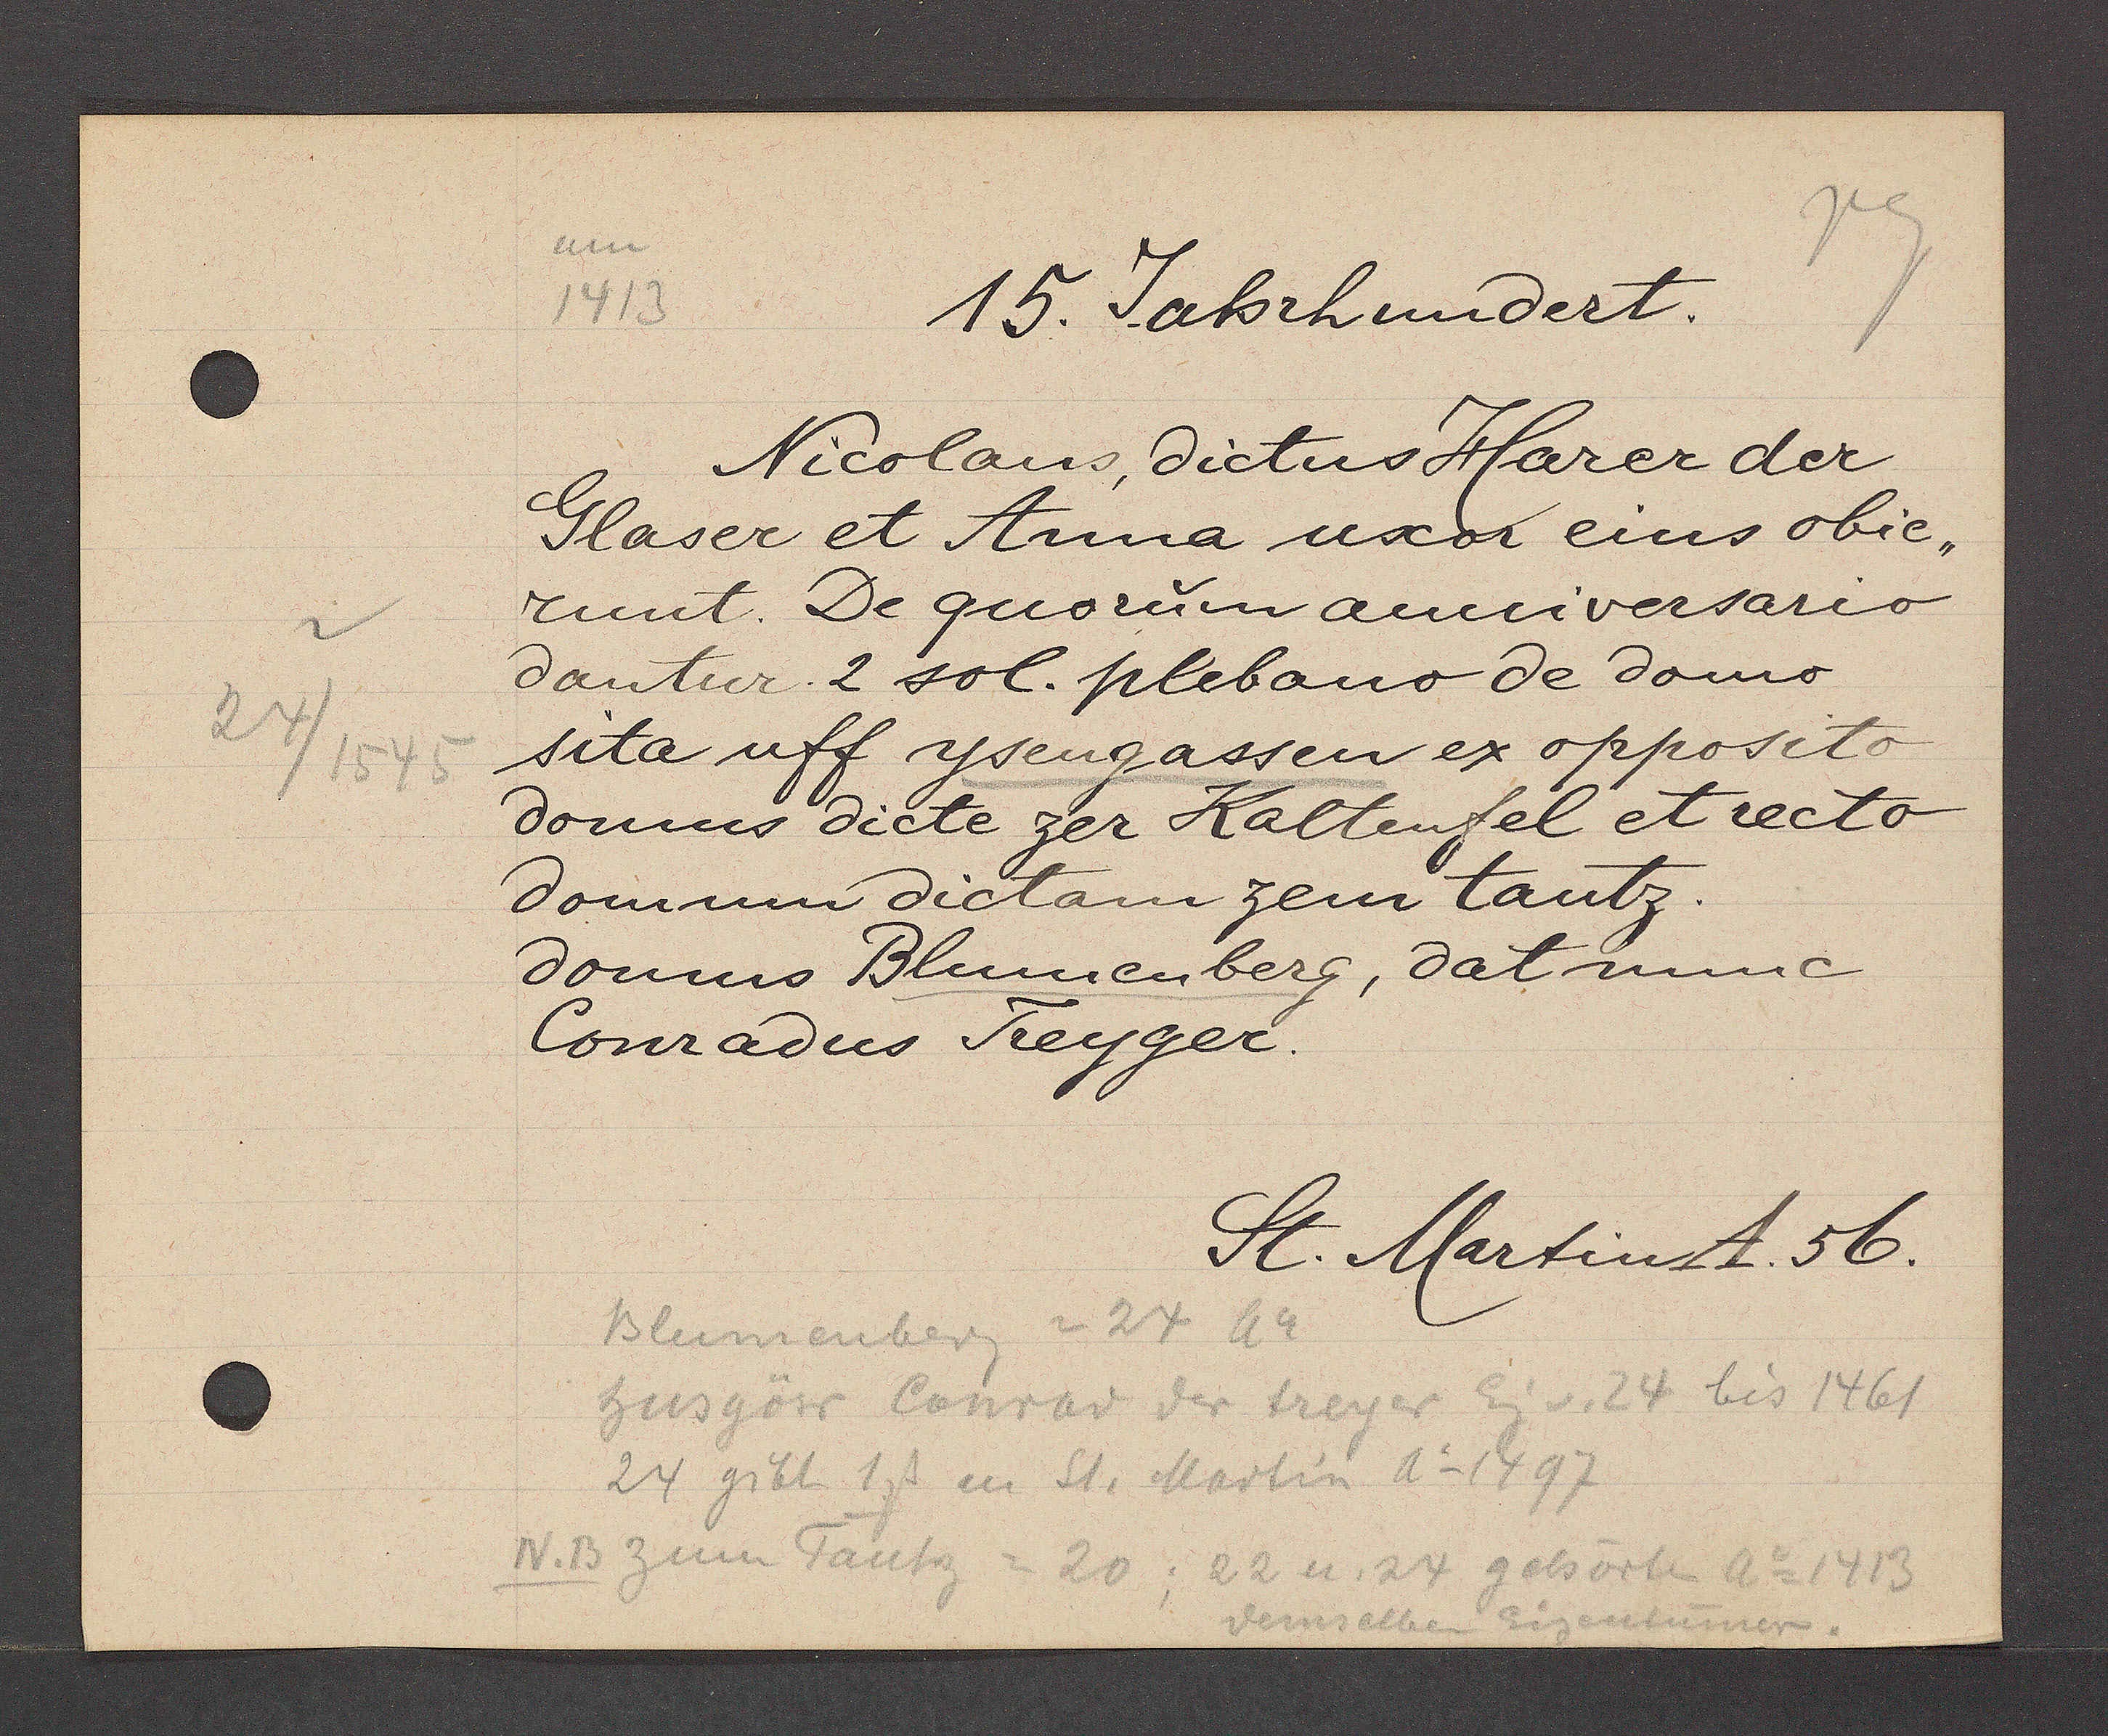
Transcript:
24/ 1545

um
1413
15. Jahrhundert.
Nicolaus, dictus Harer der
Glaser et Anna uxor eius obie-
runt. De quorum anniversario
dantur. 2 sol. plebano de domo
sita uff ysengassen ex opposito
domus dictam zer Kaltenfel et recto
domum dictam zem Tantz.
domus Blumenberg, dat nunc
Conradus Treyger.
St. Martin A. 56.
Blumenberg = 24 Ao
husgöw Conrad der treyer Eg. v. 24 bis 1461
24 gibt 1ß an St. Martin Ao 1497
IV.B zum Tantz = 20; 22 u. 24 gehört Ao 1413
demselben Eigentümer